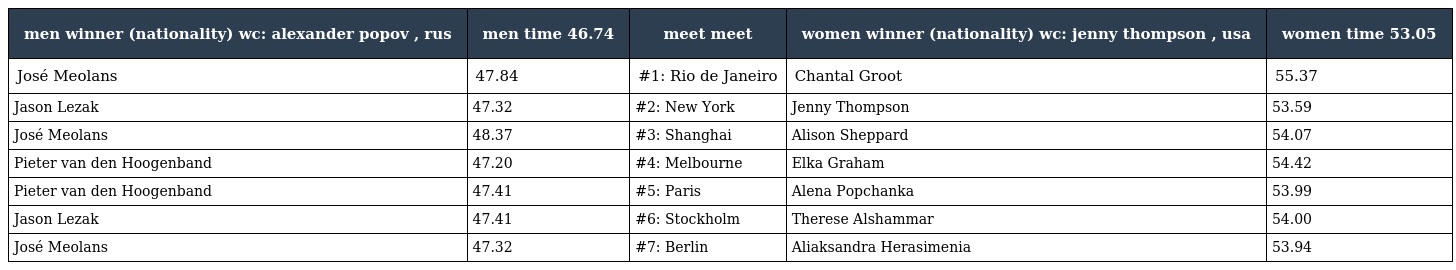
| men winner (nationality) wc: alexander popov , rus | men time 46.74 | meet meet | women winner (nationality) wc: jenny thompson , usa | women time 53.05 |
 | --- | --- | --- | --- | --- |
 | José Meolans | 47.84 | #1: Rio de Janeiro | Chantal Groot | 55.37 |
 | Jason Lezak | 47.32 | #2: New York | Jenny Thompson | 53.59 |
 | José Meolans | 48.37 | #3: Shanghai | Alison Sheppard | 54.07 |
 | Pieter van den Hoogenband | 47.20 | #4: Melbourne | Elka Graham | 54.42 |
 | Pieter van den Hoogenband | 47.41 | #5: Paris | Alena Popchanka | 53.99 |
 | Jason Lezak | 47.41 | #6: Stockholm | Therese Alshammar | 54.00 |
 | José Meolans | 47.32 | #7: Berlin | Aliaksandra Herasimenia | 53.94 |